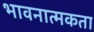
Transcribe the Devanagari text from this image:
भावनात्मकता